Vaccine operations Central Provinces 1886-1899 - 1886-1899
Year: 1886
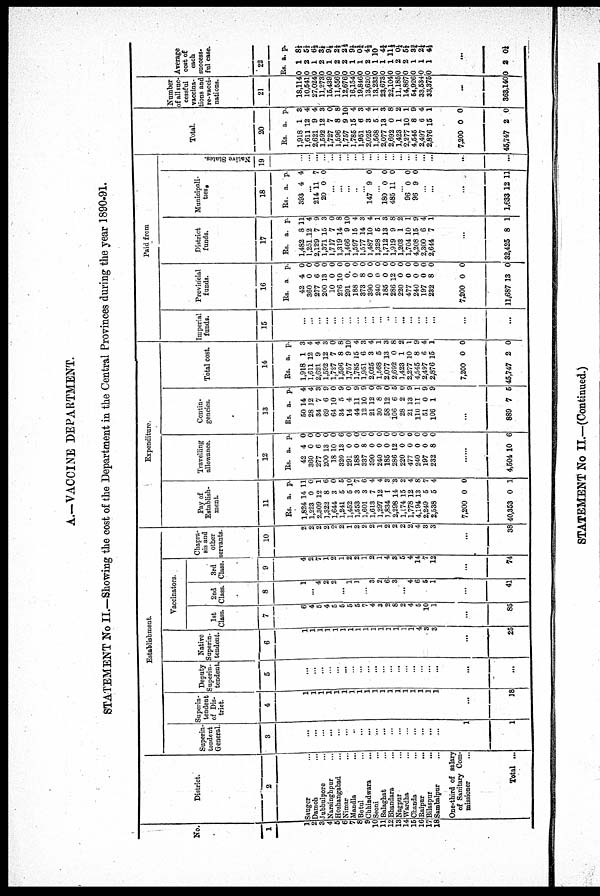
A—VACCINE DEPARTMENT.
STATEMENT No II.—Showing the cost of the Department in the Central Provinces during the year 1890-91.
No.
1
1
2 3
4
6
6
7
8
9
10
11 12
19
14
15
16
17
18
District.
2
Saugor...
Damoh...
Jubbulpore...
Narsinghpur...
Hoshangabad...
Nimar...
Mandla...
Betul...
Chhindwara...
Seoni...
Balaghat...
Bhandara...
Nagpur...
Wardha...
Chanda...
Raipur...
...
Bilaspur...
Sambalpur...
One-third of salary
of Sanitary Com-
missioner...
Total ...
Establishment.
Superin-
tendent
General.
3
...
...
...
...
...
...
...
...
...
...
...
...
...
...
...
...
...
...
1
1
Superin-
tendent
of Dis-
trict.
4
1
1
1
1
1
1
1
1
1
1
1
1
1
1
1
1
1
1
...
18
Deputy
Superin-
tendent.
5
...
...
...
...
...
...
...
...
...
...
...
...
...
...
...
...
...
...
...
...
Native
Superin-
tendent.
6
1
1
1
1
1
1
1
1
1
1
1
1
1
1
1
4
3
3
...
25
Vaccinators.
1st
Class.
7
6
4
5
4
5
5
5
5
7
4
8
2
8
2
4
5
10
1
...
85
2nd
Class.
8
1
...
4
2
2
...
1
1
...
3
2
6
3
...
4
6
5
1
...
41
3rd
Class.
9
4
2
7
1
2
1
2
2
1
2
1
4
3
5
4
14
7
12
...
74
Chapra-
sis and
other
servants.
10
2
2
2
2
2
2
1
2
2
2
1
2
2
2
2
4
3
3
...
38
Expenditure.
Pay of
Establish-
ment.
11
Rs.
1,824
1,223
2,309
1,322
1,644
1,241
1,452
1,553
1,601
1,613
1,297
1,834
2,298
1,174
1,778
4,194
2,249
2,538
a.
14
0
12
8
3
5
5
3
3
7
12
1
14
15
12
13
5
5
p.
11
0
1
6
0
5
10
7
6
4
4
3
3
2
4
8
7
4
...
40,353 0 1
Travelling
allowance.
12
Rs.
42
360
277
200
18
320
291
188
337
390
240
185
286
220
477
240
197
232
a.
4
0
6
13
10
13
0
0
8
0
0
0
12
0
0
0
0
8
p.
0
0
0
0
0
6
0
0
0
0
0
0
0
0
0
0
0
0
...
4,504 10 6
Contin-
gencies.
13
Rs.
50
28
34
69
64
34
14
44
12
21
30
58
106
28
21
110
51
106
a.
14
12
7
6
10
5
4
11
10
12
8
12
6
2
13
11
0
1
p.
4
4
3
9
0
9
0
9 9
0
9
0
5
0
9
1
9
9
...
889 7 6
Total cost.
14
Rs.
1,918
1,611
2,621
1,592
1,727
1,596
1,757
1,785
1,951
2,025
1,568
2,077
2,692
1,423
2,277
4,545
2,497
2,876
a.
1
12
9
12
7
8
9
15
6
3
5
13
0
1
10
8
6
15
p.
3
4
4
3
0
8
10
4
3
4
1
3
8
2
1
9
4
1
...
45,747 2 0
Paid from
Imperial
funds.
15
...
...
...
...
...
...
...
...
...
...
...
...
...
...
...
...
...
...
...
...
Provincial
funds.
16
Rs.
42
360
277
200
10
276
291
188
373
390
240
185
286
220
477
240
197
232
a.
4
0
6
13
0
10
0
0
8
0
0
0
12
0
0
0
0
8
p.
0
0
0
0
0
0
0
0
0
0
0
0
0
0
0
0
0
0
...
11,687 13 1
District
funds.
17
Rs.
1,482
1,251
2,129
1,371
1,717
1,319
1,466
1,597
1,577
1,487
1,328
1,712
1,919
1,203
1,704
4,208
2,300
2,644
a.
8
12
7
15
7
14
9
15
14
10
5
13
9
1
10
15
6
7
p.
11
4
9
3
0
8
10
4
3
4
1
8
8
2
1
9
4
1
...
32,425 8 1
Municipali-
ties.
18
Rs.
393
a.
4
p.
4
...
214
20
11
0
7
0
...
...
...
..
...
147 9 0
...
180
485
0
11
0
0
...
96
96
0
9
0
0
...
...
...
1,633 12 11
Native States.
19
...
...
...
...
...
...
...
...
...
...
...
...
...
...
...
...
...
...
...
...
Total.
20
Rs.
1,918
1,611
2,621
1,592
1,727
1,596
1,757
1,785
1,951
2,025
1,568
2,077
2,692
1,423
2,277
4,545
2,497
2,876
a.
1
12
9
12
7
8
9
15
6
3
5
13
0
1
10
8
6
15
p.
3
4
4
3
0
8
10
4
3
4
1
3
8
2
1
9
4
1
...
45,747 2 0
Number
of all suc-
cessful
vaccina-
tions and
re-vacci-
nations.
21
18,114
10,541
27,024
11,273
15,439
11,556
12,676
16,154
19,846
13,620
13,233
23,673
22,104
11,185
14,867
64,926
33,534
33,375
...
363,140
Average
cost of
each
success-
full case.
22
Rs.
0
0
0
0
0
0
0
0
0
0
0
0
0
0
0
0
0
0
a.
1
2
1
2
1
2
2
1
1
2
1
1
1
2
2
1
1
1
p.
8½
5½
6½
3½ 9¼
2½
2½
9½
0¾
4½
10
4¾
11¼
0¼
5½
3¾
2¼
4¼
...
0 2 0¼